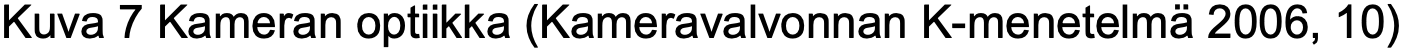
Kuva 7 Kameran optiikka (Kameravalvonnan K-menetelmä 2006, 10)